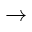
\rightarrow